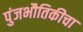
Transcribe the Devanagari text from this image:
पुंजभौतिकीचा